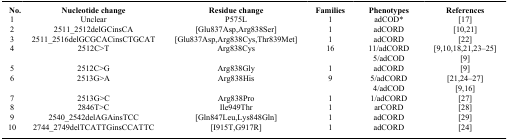
<table><thead><tr><td><b>No.</b></td><td><b>Nucleotide change</b></td><td><b>Residue change</b></td><td><b>Families</b></td><td><b>Phenotypes</b></td><td><b>References</b></td></tr></thead><tbody><tr><td>1</td><td>Unclear</td><td>P575L</td><td>1</td><td>adCOD*</td><td> [17]</td></tr><tr><td>2</td><td>2511_2512delGCinsCA</td><td>[Glu837Asp,Arg838Ser]</td><td>1</td><td>adCORD</td><td> [10,21]</td></tr><tr><td>3</td><td>2511_2516delGCGCACinsCTGCAT</td><td>[Glu837Asp,Arg838Cys,Thr839Met]</td><td>1</td><td>adCORD</td><td> [22]</td></tr><tr><td>4</td><td>2512C&gt;T</td><td>Arg838Cys</td><td>16</td><td>11/adCORD</td><td> [9,10,18,21,23–25]</td></tr><tr><td> </td><td> </td><td> </td><td> </td><td>5/adCOD</td><td> [9]</td></tr><tr><td>5</td><td>2512C&gt;G</td><td>Arg838Gly</td><td>1</td><td>adCORD</td><td> [9]</td></tr><tr><td>6</td><td>2513G&gt;A</td><td>Arg838His</td><td>9</td><td>5/adCORD</td><td> [21,24–27]</td></tr><tr><td> </td><td> </td><td> </td><td> </td><td>4/adCOD</td><td> [9,16]</td></tr><tr><td>7</td><td>2513G&gt;C</td><td>Arg838Pro</td><td>1</td><td>1/adCORD</td><td> [27]</td></tr><tr><td>8</td><td>2846T&gt;C</td><td>Ile949Thr</td><td>1</td><td>arCORD</td><td> [28]</td></tr><tr><td>9</td><td>2540_2542delAGAinsTCC</td><td>[Gln847Leu,Lys848Gln]</td><td>1</td><td>adCORD</td><td> [29]</td></tr><tr><td>10</td><td>2744_2749delTCATTGinsCCATTC</td><td>[I915T,G917R]</td><td>1</td><td>adCORD</td><td> [24]</td></tr></tbody></table>